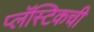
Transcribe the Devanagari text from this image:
प्लॅस्टिकची